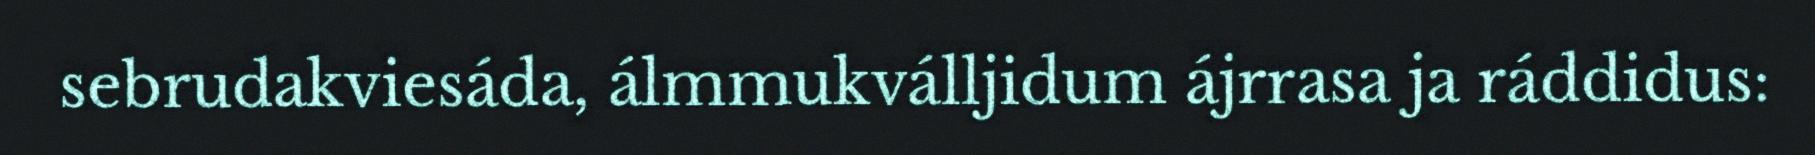
sebrudakviesáda, álmmukválljidum ájrrasa ja ráddidus: